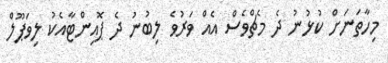
މިހާތަނަށް ކުޅުނު ދެ މެޗްވެސް އެއް ވަރުވެ ލިބުނު ދެ ޕޮއިންޓާއެކު ލިވަޕޫލް